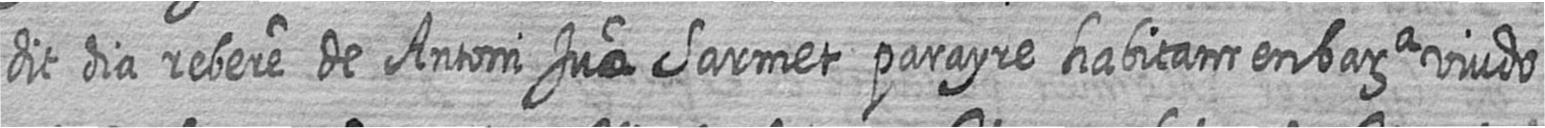
dit dia rebere de Antoni Jua Sarmet parayre habitant en bara viudo